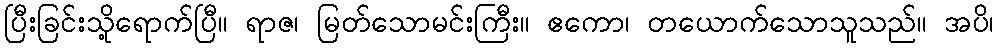
ပြီးခြင်းသို့ရောက်ပြီ။ ရာဇ၊ မြတ်သောမင်းကြီး။ ဧကော၊ တယောက်သောသူသည်။ အပိ၊